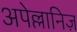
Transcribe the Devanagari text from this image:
अपेल्लानिज़